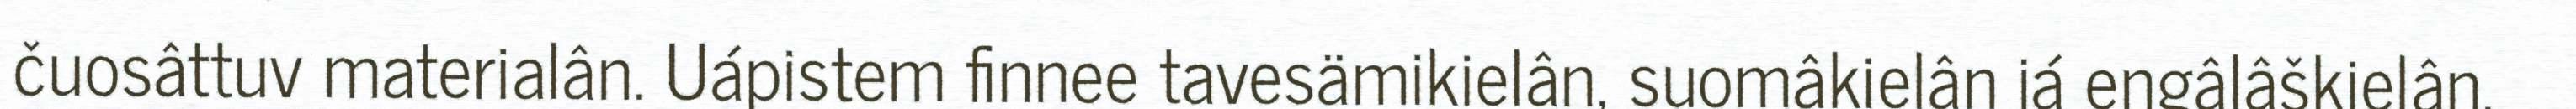
čuosâttuv materialân. Uápistem finnee tavesämikielân, suomâkielân já eŋgâlâškielân.